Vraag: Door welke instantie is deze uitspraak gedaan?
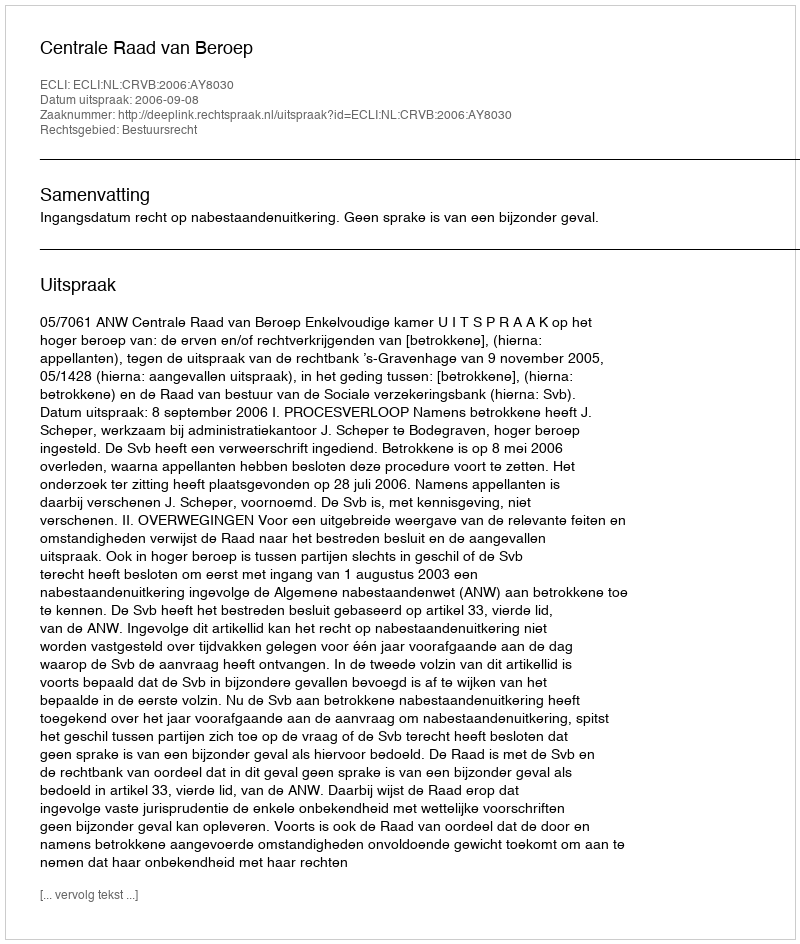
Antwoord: Centrale Raad van Beroep